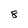
Character: 8